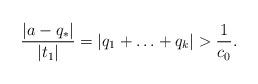
LaTeX: \begin{align*}\frac{|a-q_*|}{|t_1|}=|q_1+\ldots+q_k|>\frac{1}{c_0}.\end{align*}